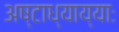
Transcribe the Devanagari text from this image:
अष्टाध्याय्याः